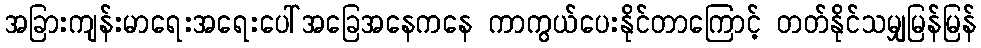
အခြားကျန်းမာရေးအရေးပေါ်အခြေအနေကနေ ကာကွယ်ပေးနိုင်တာကြောင့် တတ်နိုင်သမျှမြန်မြန်